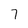
Character: 7